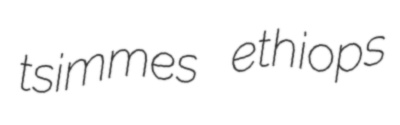
tsimmes ethiops